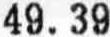
49.39